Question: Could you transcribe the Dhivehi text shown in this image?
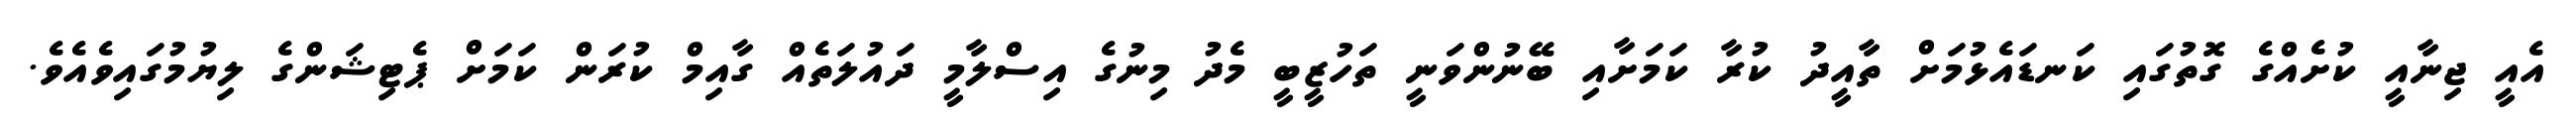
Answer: އެއީ ޖިނާއީ ކުށެއްގެ ގޮތުގައި ކަނޑައެޅުމަށް ތާއީދު ކުރާ ކަމަށާއި ބޭނުންވަނީ ތަހުޒީބީ މެދު މިނުގެ އިސްލާމީ ދައުލަތެއް ގާއިމް ކުރަން ކަމަށް ޕެޓިޝަންގެ ލިޔުމުގައިވެއެވެ.